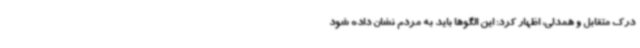
درک متقابل و همدلی، اظهار کرد: این الگوها باید به مردم نشان داده شود